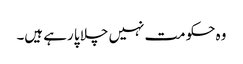
وہ حکومت نہیں چلا پا رہے ہیں۔